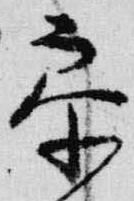
参